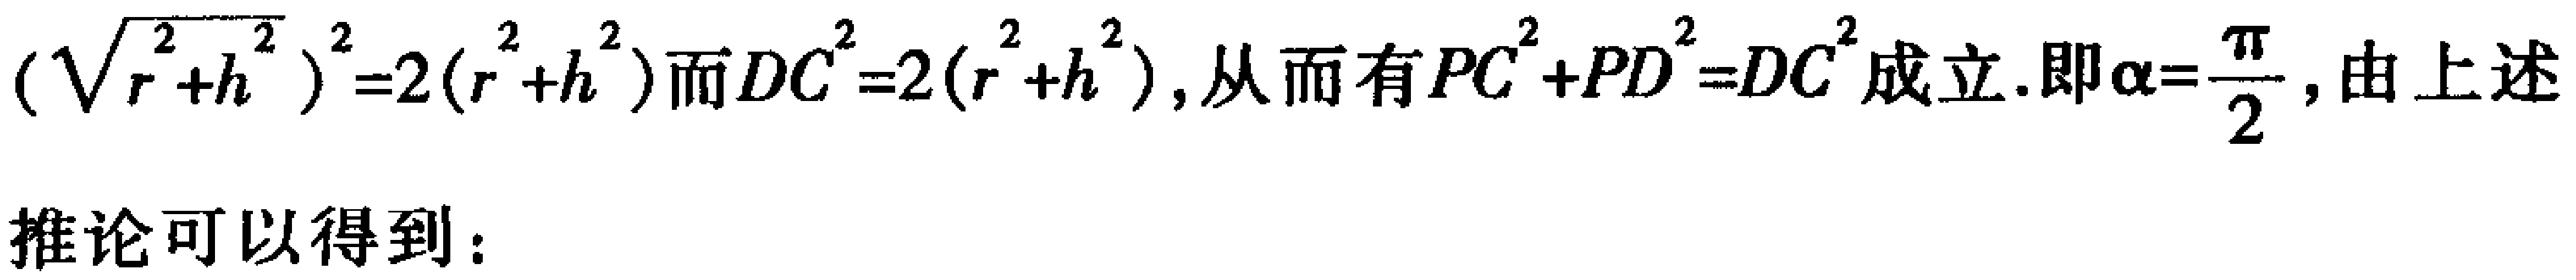
\((\sqrt{r^{2}+h^{2}})^{2}=2(r^{2}+h^{2})\)而\(DC^{2}=2(r^{2}+h^{2})\), 从而有\(PC^{2}+PD^{2}=DC^{2}\)成立.即\(\alpha=\frac{\pi}{2}\), 由上述
推论可以得到：